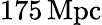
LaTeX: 175\, \mathrm{{Mpc}}